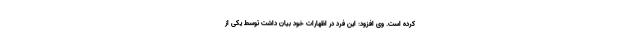
کرده است. وی افزود: این فرد در اظهارات خود بیان داشت توسط یکی از